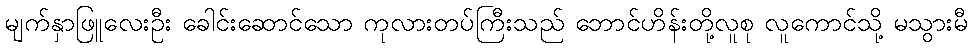
မျက်နှာဖြူလေးဦး ခေါင်းဆောင်သော ကုလားတပ်ကြီးသည် ဘောင်ဟိန်းတို့လူစု လူကောင်သို့ မသွားမီ